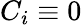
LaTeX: C_{i}\equiv 0